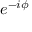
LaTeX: e ^ { - i \phi }